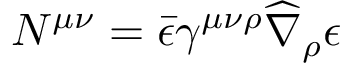
N ^ { \mu \nu } = \bar { \epsilon } \gamma ^ { \mu \nu \rho } \widehat \nabla _ { \rho } \epsilon